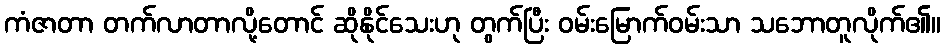
ကံဇာတာ တက်လာတာလို့တောင် ဆိုနိုင်သေးဟု တွက်ပြီး ဝမ်းမြောက်ဝမ်းသာ သဘောတူလိုက်၏။